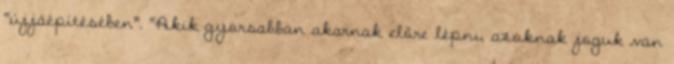
“újjáépítésében”. “Akik gyorsabban akarnak előre lépni, azoknak joguk van